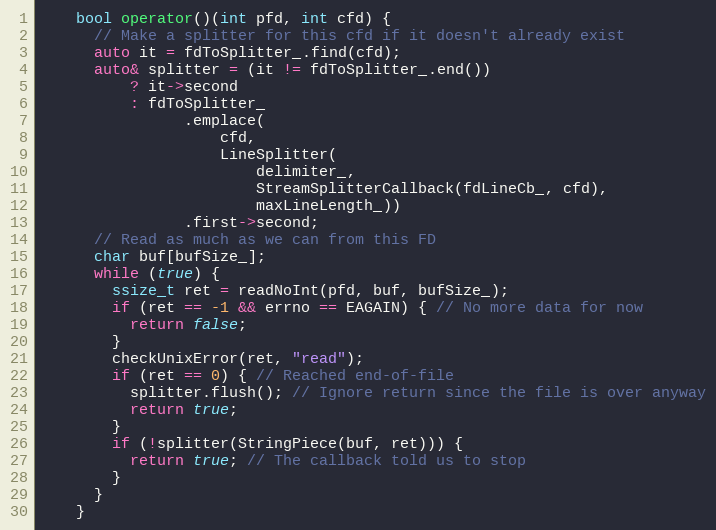
Language: C
    bool operator()(int pfd, int cfd) {
      // Make a splitter for this cfd if it doesn't already exist
      auto it = fdToSplitter_.find(cfd);
      auto& splitter = (it != fdToSplitter_.end())
          ? it->second
          : fdToSplitter_
                .emplace(
                    cfd,
                    LineSplitter(
                        delimiter_,
                        StreamSplitterCallback(fdLineCb_, cfd),
                        maxLineLength_))
                .first->second;
      // Read as much as we can from this FD
      char buf[bufSize_];
      while (true) {
        ssize_t ret = readNoInt(pfd, buf, bufSize_);
        if (ret == -1 && errno == EAGAIN) { // No more data for now
          return false;
        }
        checkUnixError(ret, "read");
        if (ret == 0) { // Reached end-of-file
          splitter.flush(); // Ignore return since the file is over anyway
          return true;
        }
        if (!splitter(StringPiece(buf, ret))) {
          return true; // The callback told us to stop
        }
      }
    }